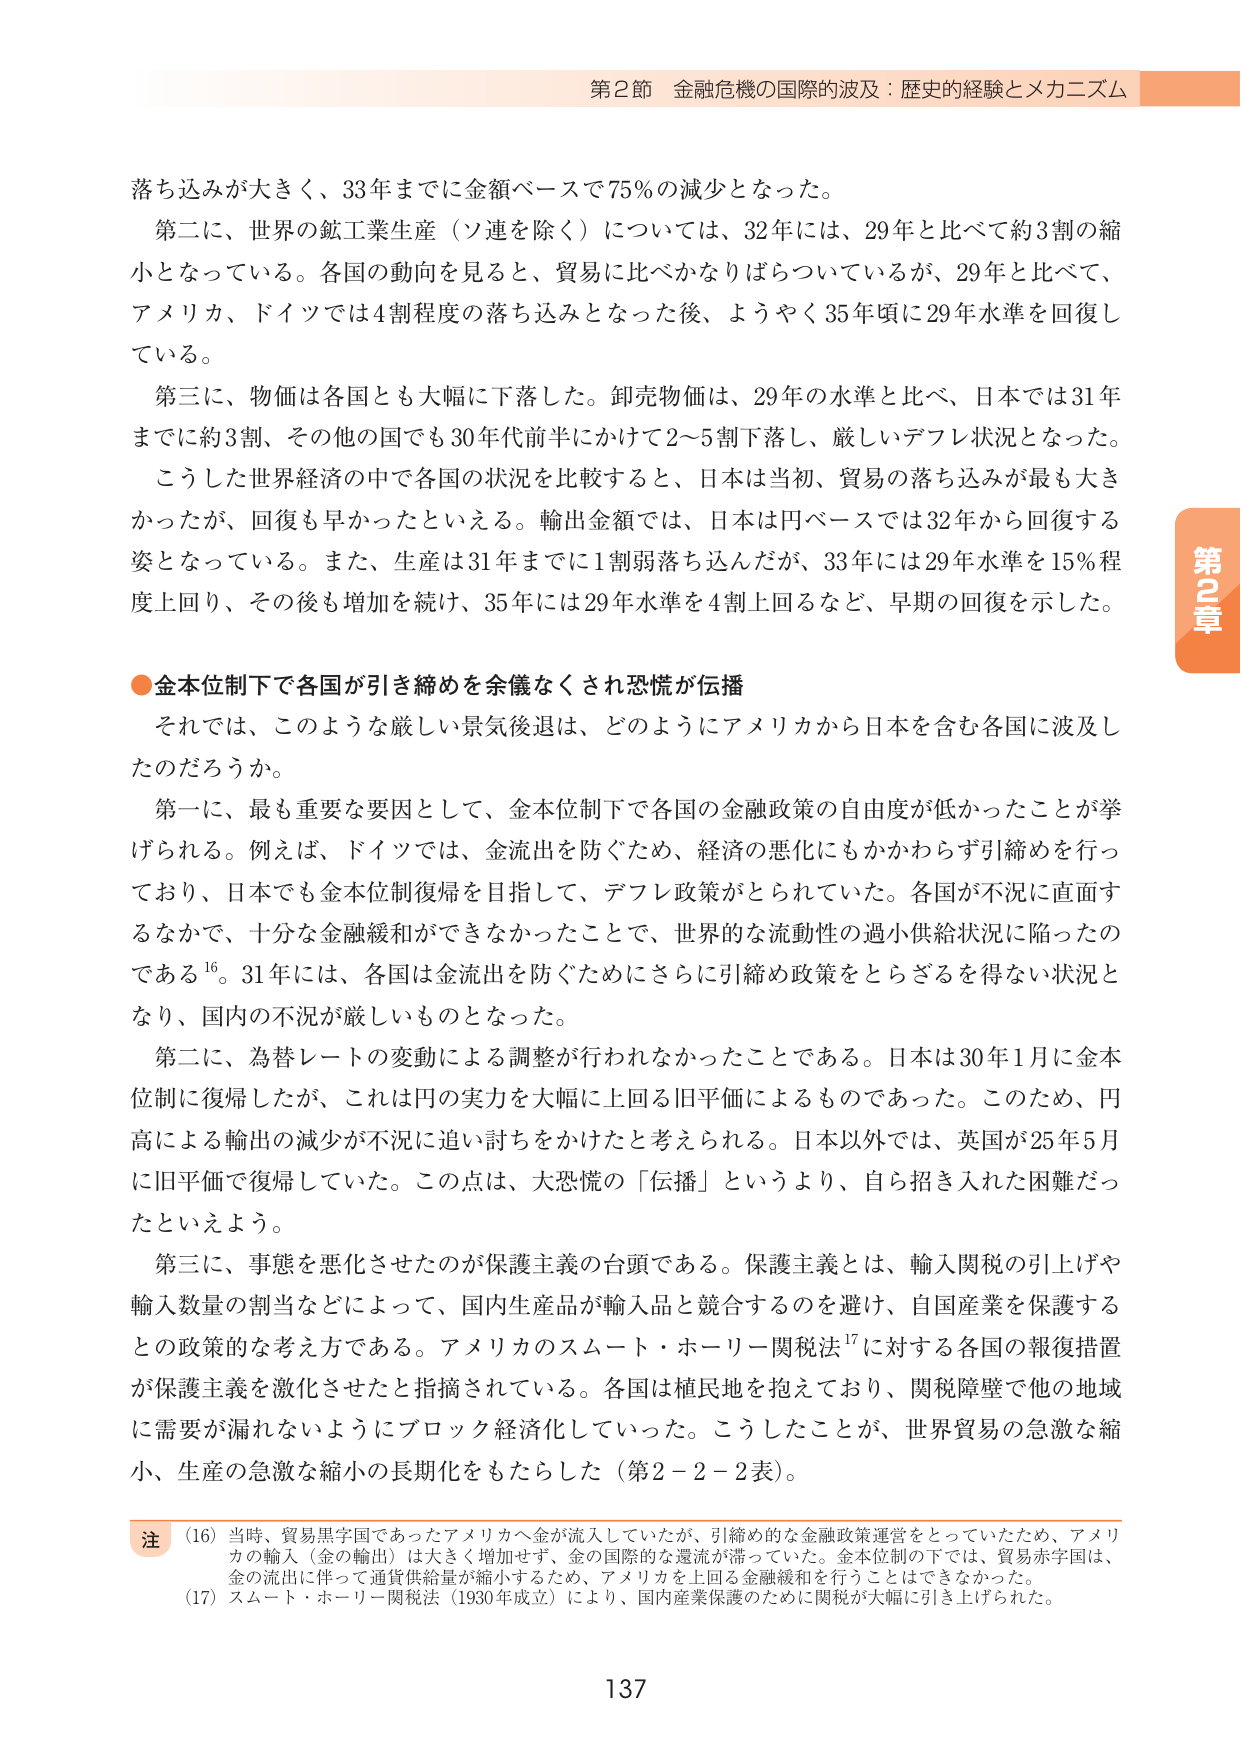
第2節 金融危機の国際的波及：歴史的経験とメカニズム

落ち込みが大きく、33年までに金額ベースで75％の減少となった。

第二に、世界の鉱工業生産（ソ連を除く）については、32年には、29年と比べて約3割の縮小となっている。各国の動向を見ると、貿易に比べかなりばらついているが、29年と比べて、アメリカ、ドイツでは4割程度の落ち込みとなった後、ようやく35年頃に29年水準を回復している。

第三に、物価は各国とも大幅に下落した。卸売物価は、29年の水準と比べ、日本では31年までに約3割、その他の国でも30年代前半にかけて2～5割下落し、厳しいデフレ状況となった。

こうした世界経済の中で各国の状況を比較すると、日本は当初、貿易の落ち込みが最も大きかったが、回復も早かったといえる。輸出金額では、日本は円ベースでは32年から回復する姿となっている。また、生産は31年までに1割弱落ち込んだが、33年には29年水準を15％程度上回り、その後も増加を続け、35年には29年水準を4割上回るなど、早期の回復を示した。

●金本位制下で各国が引き締めを余儀なくされ恐慌が伝播

それでは、このような厳しい景気後退は、どのようにアメリカから日本を含む各国に波及したのだろうか。

第一に、最も重要な要因として、金本位制下で各国の金融政策の自由度が低かったことが挙げられる。例えば、ドイツでは、金流出を防ぐため、経済の悪化にもかかわらず引締めを行っており、日本でも金本位制復帰を目指して、デフレ政策がとられていた。各国が不況に直面するなかで、十分な金融緩和ができなかったことで、世界的な流動性の過小供給状況に陥ったのである¹⁶。31年には、各国は金流出を防ぐためにさらに引締め政策をとらざるを得ない状況となり、国内の不況が厳しいものとなった。

第二に、為替レートの変動による調整が行われなかったことである。日本は30年1月に金本位制に復帰したが、これは円の実力を大幅に上回る旧平価によるものであった。このため、円高による輸出の減少が不況に追い討ちをかけたと考えられる。日本以外では、英国が25年5月に旧平価で復帰していた。この点は、大恐慌の「伝播」というより、自ら招き入れた困難だったといえよう。

第三に、事態を悪化させたのが保護主義の台頭である。保護主義とは、輸入関税の引上げや輸入数量の割当などによって、国内生産品が輸入品と競合するのを避け、自国産業を保護するとの政策的な考え方である。アメリカのスムート・ホーリー関税法¹⁷に対する各国の報復措置が保護主義を激化させたと指摘されている。各国は植民地を抱えており、関税障壁で他の地域に需要が漏れないようにブロック経済化していった。こうしたことが、世界貿易の急激な縮小、生産の急激な縮小の長期化をもたらした（第2－2－2表）。

注
（16）当時、貿易黒字国であったアメリカへ金が流入していたが、引締め的な金融政策運営をとっていたため、アメリカの輸入（金の輸出）は大きく増加せず、金の国際的な還流が滞っていた。金本位制の下では、貿易赤字国は、金の流出に伴って通貨供給量が縮小するため、アメリカを上回る金融緩和を行うことはできなかった。
（17）スムート・ホーリー関税法（1930年成立）により、国内産業保護のために関税が大幅に引き上げられた。

137

第2章